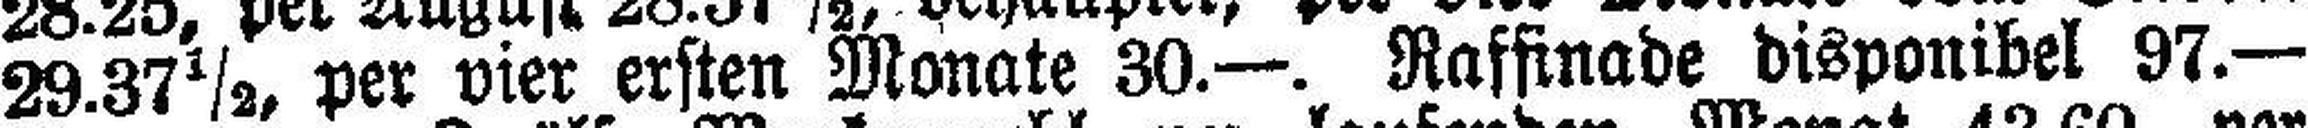
29.37½, per vier ersten Monate 30.—. Raffinade disponibel 97.—